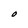
Character: O